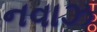
નવાઝ